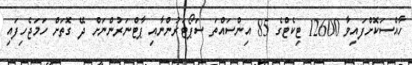
ހާއްސަކޮށްފައިވާ 12600 ޓިކެޓްގެ 85 އިންސައްތަ ސަޕޯޓަރުންނާއި ޕާޓްނަރުންނަށް ދޭ ގޮތަށް ހަމަޖެހިފައި